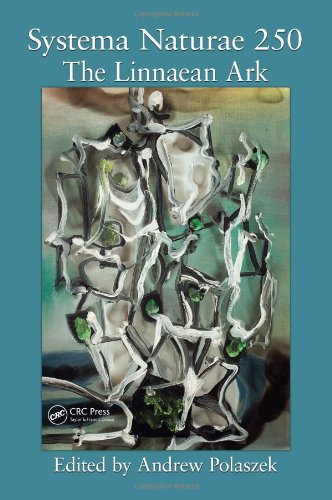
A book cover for Systema Naturae 250 - The Linnaean Ark; Science & Math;